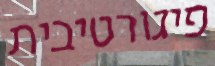
פיגורטיבית